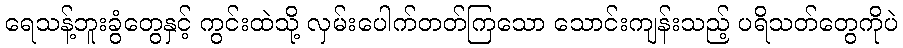
ရေသန့်ဘူးခွံတွေနှင့် ကွင်းထဲသို့ လှမ်းပေါက်တတ်ကြသော သောင်းကျန်းသည့် ပရိသတ်တွေကိုပဲ